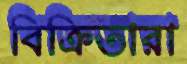
বিক্রিতারা